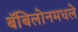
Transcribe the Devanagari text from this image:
बॅबिलोनमधले